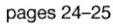
pages 24-25